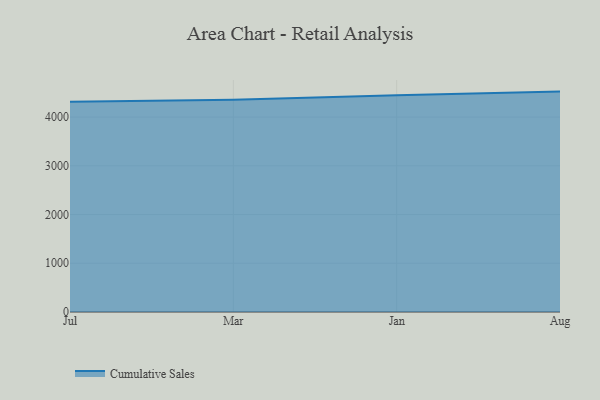
{"axis": {"x": "Month", "y": "Market Share (%)"}, "legend": ["Cumulative Sales"], "data": [{"x": "Jul", "y": 4312.9, "type": "Cumulative Sales"}, {"x": "Mar", "y": 4355.5, "type": "Cumulative Sales"}, {"x": "Jan", "y": 4448.6, "type": "Cumulative Sales"}, {"x": "Aug", "y": 4522.8, "type": "Cumulative Sales"}]}